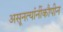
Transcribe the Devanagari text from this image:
असूनत्यांनींकौपीन